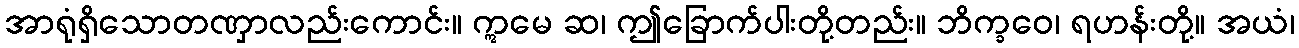
အာရုံရှိသောတဏှာလည်းကောင်း။ ဣမေ ဆ၊ ဤခြောက်ပါးတို့တည်း။ ဘိက္ခဝေ၊ ရဟန်းတို့။ အယံ၊